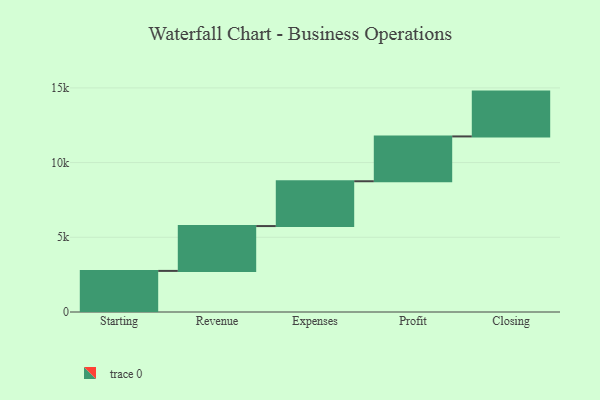
{"axis": {"x": "Step", "y": "Value"}, "legend": [""], "data": [{"x": "Starting", "y": 2751.0, "type": ""}, {"x": "Revenue", "y": 3000, "type": ""}, {"x": "Expenses", "y": 3000, "type": ""}, {"x": "Profit", "y": 3000, "type": ""}, {"x": "Closing", "y": 3000, "type": ""}]}